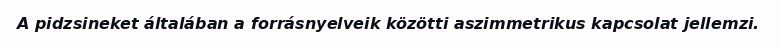
A pidzsineket általában a forrásnyelveik közötti aszimmetrikus kapcsolat jellemzi.